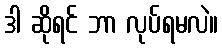
ဒါ ဆိုရင် ဘာ လုပ်ရမလဲ။